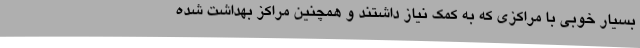
بسیار خوبی با مراکزی که به کمک نیاز داشتند و همچنین مراکز بهداشت شده